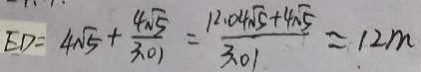
E D = 4 \sqrt { 5 } + \frac { 4 \sqrt { 5 } } { 3 . 0 1 } = \frac { 1 2 . 0 4 \sqrt { 5 } + 4 \sqrt { 5 } } { 3 . 0 1 } = 1 2 m